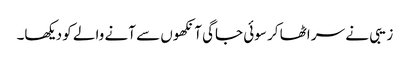
زیبی نے سر اٹھا کر سوئی جاگی آنکھوں سے آنے والے کو دیکھا۔